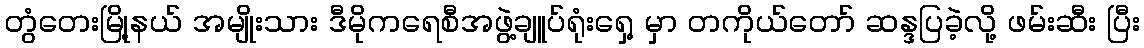
တွံတေးမြို့နယ် အမျိုးသား ဒီမိုကရေစီအဖွဲ့ချူပ်ရုံးရှေ့ မှာ တကိုယ်တော် ဆန္ဒပြခဲ့လို့ ဖမ်းဆီး ပြီး